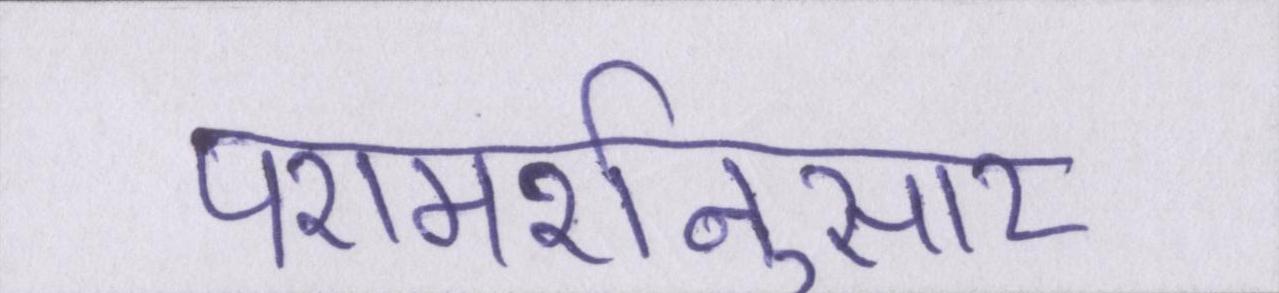
परामर्शनुसार